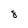
Character: 8